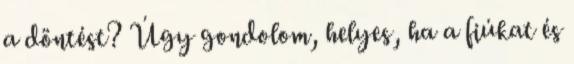
a döntést? Úgy gondolom, helyes, ha a fiúkat és